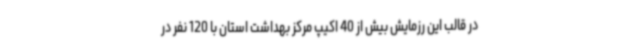
در قالب این رزمایش بیش از 40 اکیپ مرکز بهداشت استان با 120 نفر در